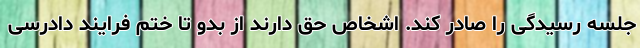
جلسه رسیدگی را صادر کند. اشخاص حق دارند از بدو تا ختم فرایند دادرسی